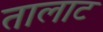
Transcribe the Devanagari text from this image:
तालाट